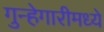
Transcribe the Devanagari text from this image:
गुन्हेगारीमध्ये